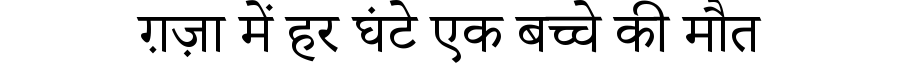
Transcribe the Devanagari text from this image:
ग़ज़ा में हर घंटे एक बच्चे की मौत